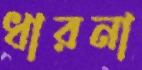
ধারনা